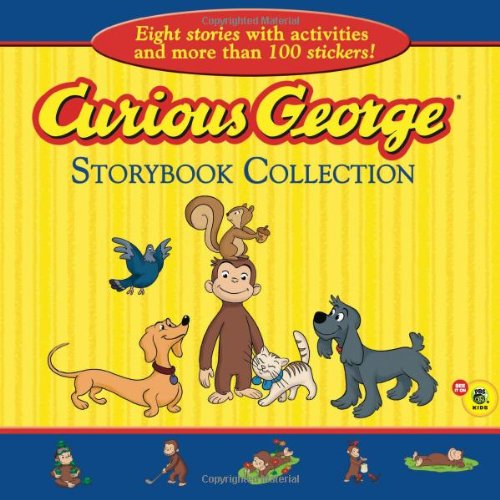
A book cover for Curious George Storybook Collection (CGTV); H. A. Rey; Children's Books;